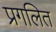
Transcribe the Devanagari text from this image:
प्रगलित